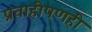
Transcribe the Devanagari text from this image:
प्रवाहीपणही